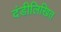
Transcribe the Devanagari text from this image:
दंडीलिखित